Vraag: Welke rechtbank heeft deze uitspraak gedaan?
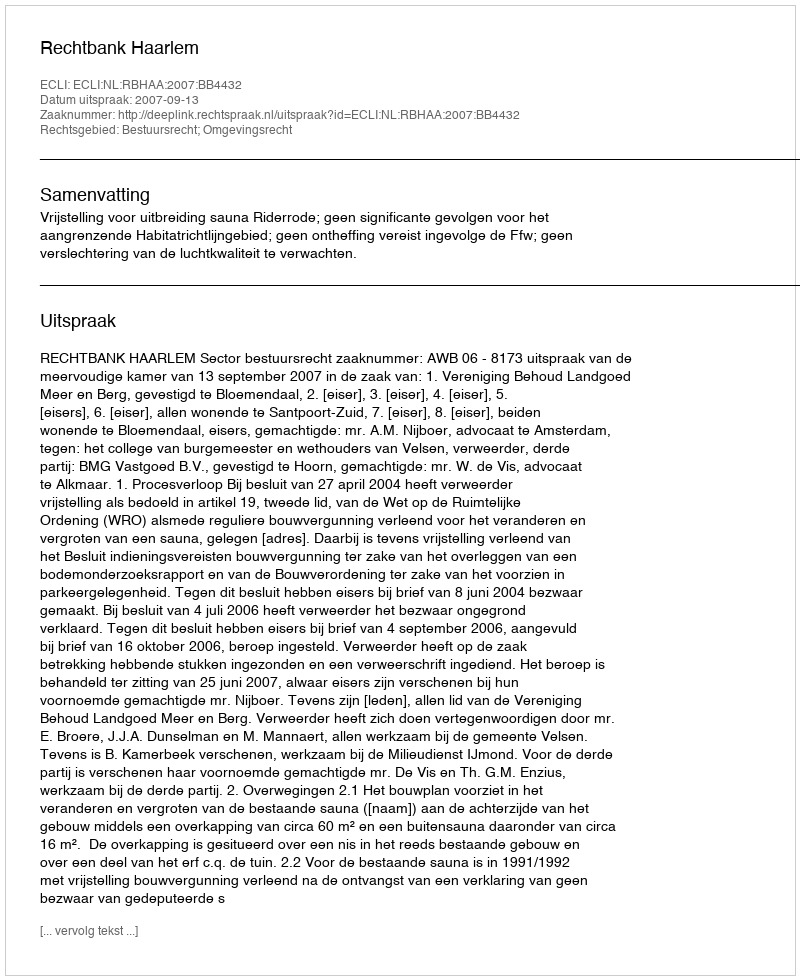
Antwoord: Rechtbank Haarlem